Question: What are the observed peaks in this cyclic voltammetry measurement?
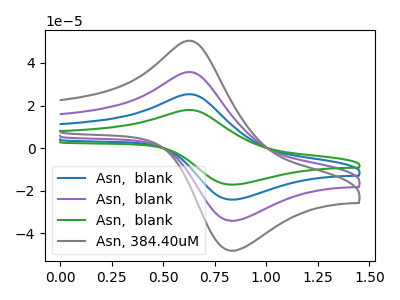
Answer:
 <answer>The blue curve "Asn,  blank" has an anodic peak at (0.60V, 71.40uA) and a cathodic peak at (0.85V, -68.15uA). The purple curve "Asn,  blank" has an anodic peak at (0.60V, 35.70uA) and a cathodic peak at (0.85V, -34.10uA). The green curve "Asn,  blank" has an anodic peak at (0.60V, 107.15uA) and a cathodic peak at (0.85V, -102.25uA). The gray curve "Asn, 384.40uM" has an anodic peak at (0.60V, 50.40uA) and a cathodic peak at (0.85V, -48.10uA).</answer>
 <eval></eval>